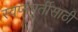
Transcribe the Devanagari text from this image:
स्वप्नपूर्तीसाठी